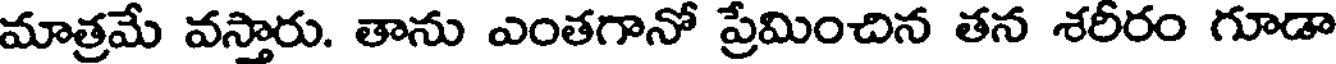
మాత్రమే వస్తారు. తాను ఎంతగానో ప్రమించిన తన శరీరం గూడా